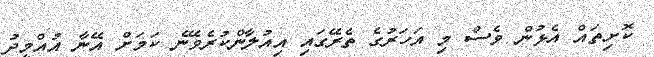
ކޮށިތައް އެޅުން ވެސް މި އަހަރުގެ ތެރޭގައި އިއުލާންކުރެވޭނެ ކަމަށް އޭނާ އުއްމީދު